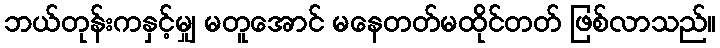
ဘယ်တုန်းကနှင့်မျှ မတူအောင် မနေတတ်မထိုင်တတ် ဖြစ်လာသည်။